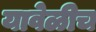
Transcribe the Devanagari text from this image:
यावेळीच